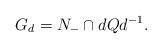
LaTeX: \begin{align*}G_d = N_- \cap d Q d^{-1}.\end{align*}